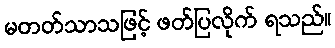
မတတ်သာသဖြင့် ဖတ်ပြလိုက် ရသည်။